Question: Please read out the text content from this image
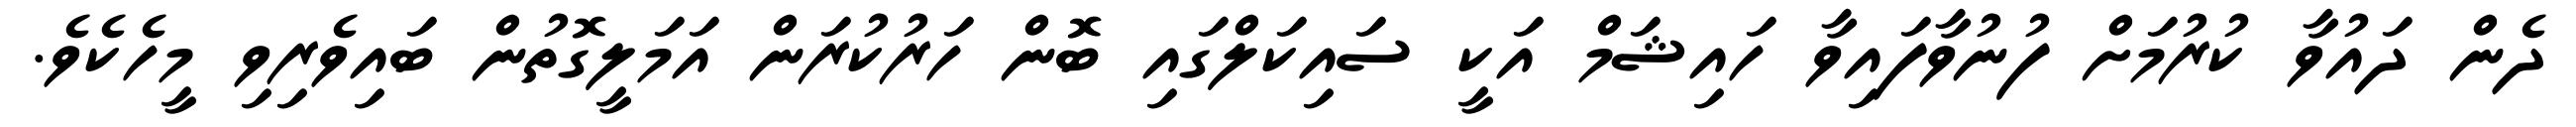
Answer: ދެން ދައުވާ ކުރުމަށް ފުނުވާފައިވާ ހައިޝަމް އަކީ ސައިކަލްގައި ބޮން ހަރުކުރަން އަމަލީގޮތުން ބައިވެރިވި މީހެކެވެ.